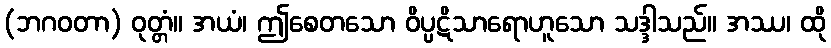
(ဘဂဝတာ) ဝုတ္တံ။ အယံ၊ ဤစေတသော ဝိပ္ပဋိသာရောဟူသော သဒ္ဒါသည်။ အဿ၊ ထို